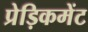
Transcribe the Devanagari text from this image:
प्रेड़िकमेंट